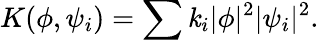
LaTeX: K(\phi,\psi_{i})=\sum\mathit{k}_{i}|\phi|^{2}|\psi_{i}|^{2}.